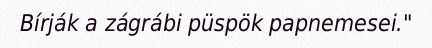
Bírják a zágrábi püspök papnemesei."